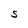
Character: S